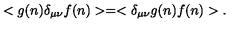
< g ( n ) \delta _ { \mu \nu } f ( n ) > = < \delta _ { \mu \nu } g ( n ) f ( n ) > .